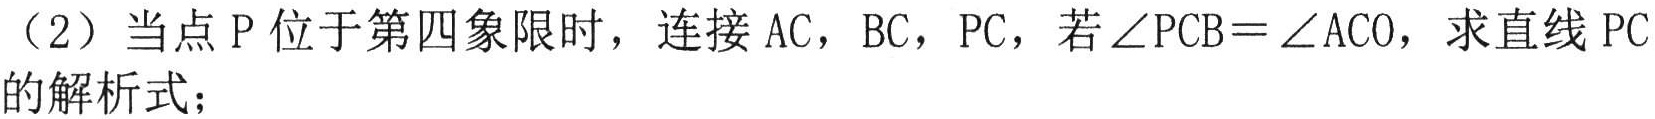
（2）当点 \(P\) 位于第四象限时，连接 \(AC\)，\(BC\)，\(PC\)，若 \(\angle PCB = \angle ACO\)，求直线 \(PC\) 的解析式；